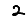
Digit: 2